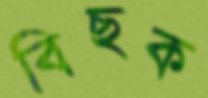
বিছক